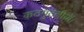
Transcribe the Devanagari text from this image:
कठपुतलीयाँ।